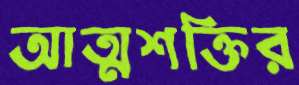
আত্মশক্তির